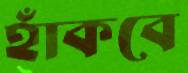
হাঁকবে